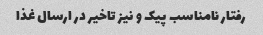
رفتار نامناسب پیک و نیز تاخیر در ارسال غذا